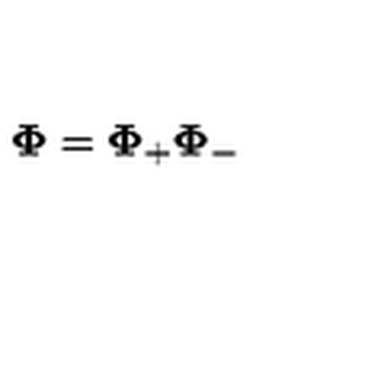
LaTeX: \mathbf { \Phi } = \mathbf { \Phi } _ { + } \mathbf { \Phi } _ { - }